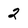
Character: 2